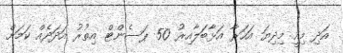
އަދި މިއީ މިދިޔަ އަހަރާ އަޅާބަލާއިރު 50 ޕަސެންޓް އިތުރު އަދަދެއް ކަމަށް